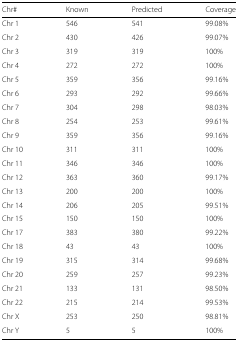
<table><thead><tr><td><b>Chr#</b></td><td><b>Known</b></td><td><b>Predicted</b></td><td><b>Coverage</b></td></tr></thead><tbody><tr><td>Chr 1</td><td>546</td><td>541</td><td>99.08%</td></tr><tr><td>Chr 2</td><td>430</td><td>426</td><td>99.07%</td></tr><tr><td>Chr 3</td><td>319</td><td>319</td><td>100%</td></tr><tr><td>Chr 4</td><td>272</td><td>272</td><td>100%</td></tr><tr><td>Chr 5</td><td>359</td><td>356</td><td>99.16%</td></tr><tr><td>Chr 6</td><td>293</td><td>292</td><td>99.66%</td></tr><tr><td>Chr 7</td><td>304</td><td>298</td><td>98.03%</td></tr><tr><td>Chr 8</td><td>254</td><td>253</td><td>99.61%</td></tr><tr><td>Chr 9</td><td>359</td><td>356</td><td>99.16%</td></tr><tr><td>Chr 10</td><td>311</td><td>311</td><td>100%</td></tr><tr><td>Chr 11</td><td>346</td><td>346</td><td>100%</td></tr><tr><td>Chr 12</td><td>363</td><td>360</td><td>99.17%</td></tr><tr><td>Chr 13</td><td>200</td><td>200</td><td>100%</td></tr><tr><td>Chr 14</td><td>206</td><td>205</td><td>99.51%</td></tr><tr><td>Chr 15</td><td>150</td><td>150</td><td>100%</td></tr><tr><td>Chr 17</td><td>383</td><td>380</td><td>99.22%</td></tr><tr><td>Chr 18</td><td>43</td><td>43</td><td>100%</td></tr><tr><td>Chr 19</td><td>315</td><td>314</td><td>99.68%</td></tr><tr><td>Chr 20</td><td>259</td><td>257</td><td>99.23%</td></tr><tr><td>Chr 21</td><td>133</td><td>131</td><td>98.50%</td></tr><tr><td>Chr 22</td><td>215</td><td>214</td><td>99.53%</td></tr><tr><td>Chr X</td><td>253</td><td>250</td><td>98.81%</td></tr><tr><td>Chr Y</td><td>5</td><td>5</td><td>100%</td></tr></tbody></table>